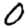
Digit: 0